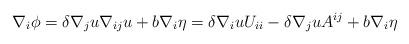
LaTeX: \begin{align*}\nabla_{i} \phi = \delta \nabla_{j} u \nabla_{ij} u + b \nabla_{i} \eta = \delta \nabla_i u U_{ii} - \delta \nabla_{j} u A^{ij} + b \nabla_{i} \eta\end{align*}